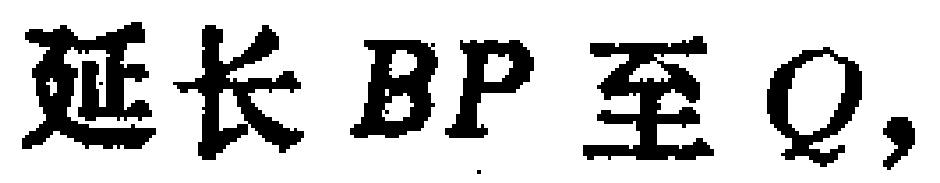
延长 \(BP\) 至 \(Q\)，